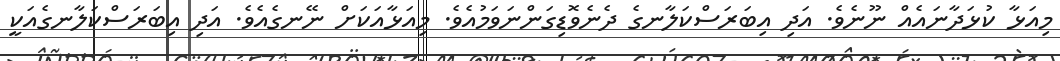
މިއަޅާ ކުޅަދާނައެއް ނޫނެވެ. އަދި އިބަރަސްކަލާނގެ ދެނެވޮޑިގަންނަވަމުއެވެ. މިއަޅާއަކަށް ނޭނގެއެވެ. އަދި އިބަރަސްކަލާނގެއަކީ